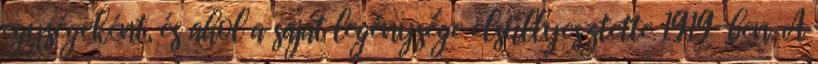
egységeként, és ahol a saját legénysége elsüllyesztette 1919-ben. A